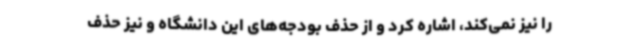
را نیز نمی‌کند، اشاره کرد و از حذف بودجه‌های این دانشگاه و نیز حذف